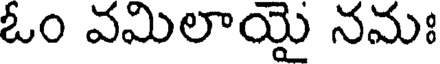
ఓం వమిలాయై నమః